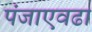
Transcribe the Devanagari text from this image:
पंजाएवढा